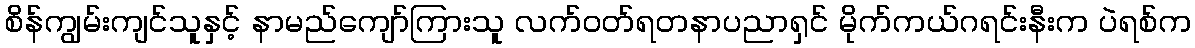
စိန်ကျွမ်းကျင်သူနှင့် နာမည်ကျော်ကြားသူ လက်ဝတ်ရတနာပညာရှင် မိုက်ကယ်ဂရင်းနီးက ပဲရစ်က